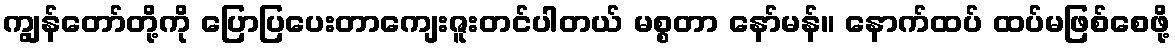
ကျွန်တော်တို့ကို ပြောပြပေးတာကျေးဇူးတင်ပါတယ် မစ္စတာ နော်မန်။ နောက်ထပ် ထပ်မဖြစ်စေဖို့